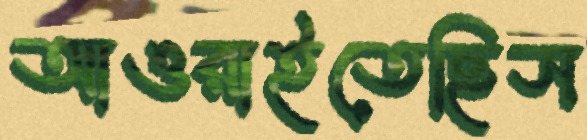
আওরাইতেছিস